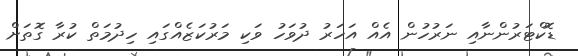
ޑޮކްޓަރުންނާއި ނަރުހުން އެއް އަހަރު ދުވަހު ވަކި މަރުކަޒެއްގައި ހިދުމަތް ކުރާ ގޮތަށް